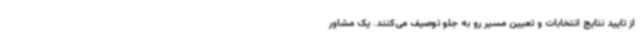
از تایید نتایج انتخابات و تعیین مسیر رو به جلو توصیف می‌کنند. یک مشاور